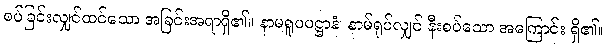
စပ်ခြင်းလျှင်ထင်သော အခြင်းအရာရှိ၏။ နာမရူပပဋ္ဌာနံ၊ နာမ်ရုပ်လျှင် နီးစပ်သော အကြောင်း ရှိ၏။